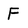
Character: F